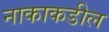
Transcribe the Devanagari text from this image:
नाकाकडील